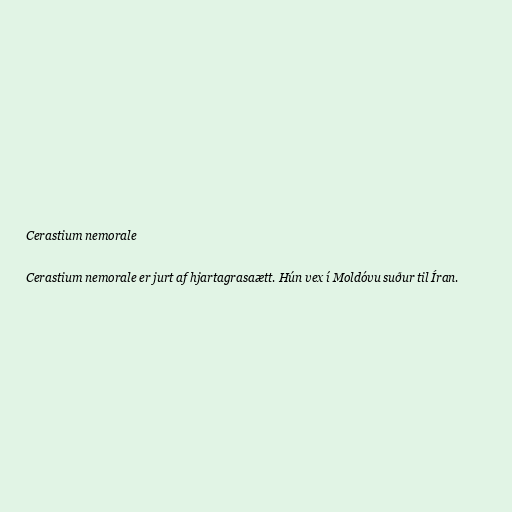
Cerastium nemorale

Cerastium nemorale er jurt af hjartagrasaætt. Hún vex í Moldóvu suður til Íran.